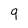
Character: 9